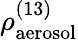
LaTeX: \rho_{\mathrm{aerosol}}^{(13)}